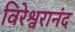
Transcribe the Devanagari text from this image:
विरेश्वरानंद